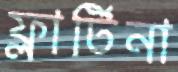
ফ্লার্টিনা